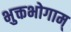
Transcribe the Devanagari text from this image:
भुक्तभोगाम्‌